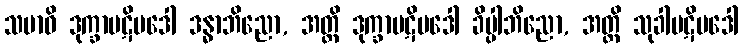
သမာဓိ ဒုက္ခာပဋိပဒေါ ဒန္ဓာဘိညော, အတ္ထိ ဒုက္ခာပဋိပဒေါ ခိပ္ပါဘိညော, အတ္ထိ သုခါပဋိပဒေါ